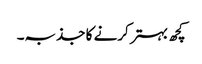
کچھ بہتر کرنے کا جذبہ۔